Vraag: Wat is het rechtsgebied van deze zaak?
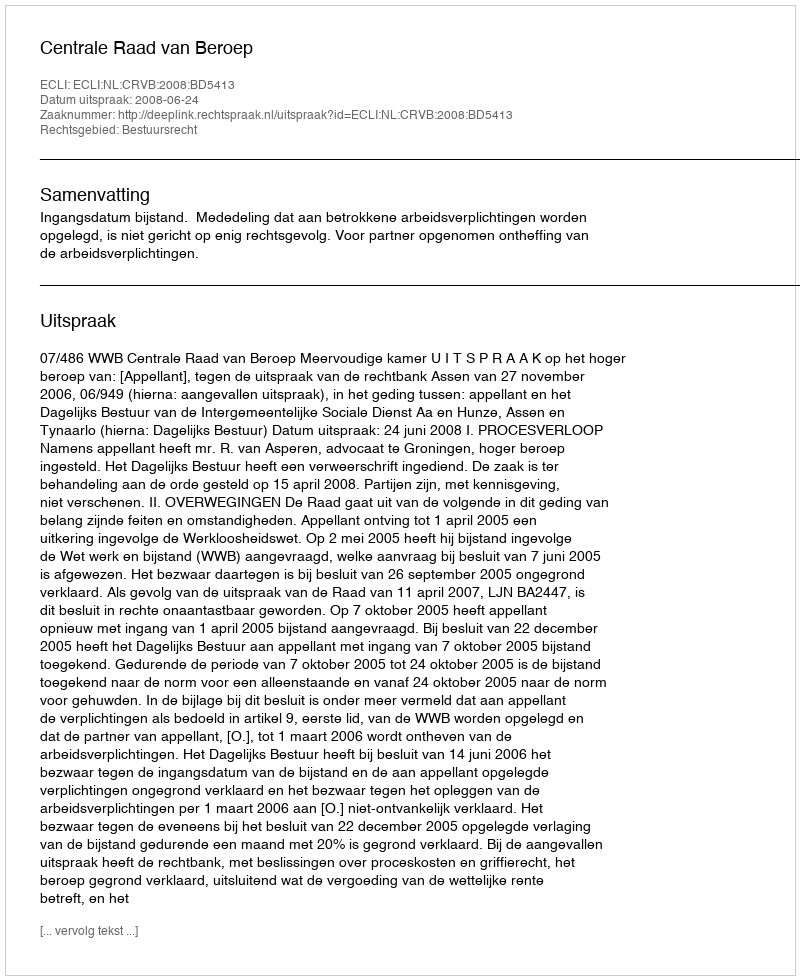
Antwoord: Bestuursrecht